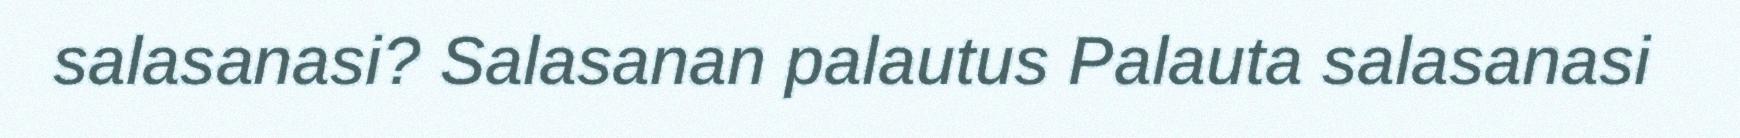
salasanasi? Salasanan palautus Palauta salasanasi